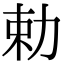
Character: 勅